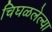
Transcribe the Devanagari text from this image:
चिघळलेल्या